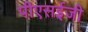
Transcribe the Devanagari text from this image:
पीएसईजी